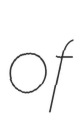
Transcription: of